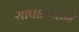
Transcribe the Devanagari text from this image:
सापडण्याने